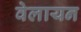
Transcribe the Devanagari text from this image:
वेलायन